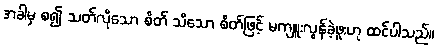
အခါမှ စ၍ သတ်လိုသော စိတ် သိသော စိတ်ဖြင့် မကျူးလွန်ခဲ့ဖူးဟု ထင်ပါသည်။